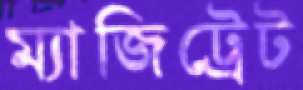
ম্যাজিট্রেট